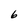
Character: 6